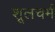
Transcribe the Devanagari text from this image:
शूलचर्म